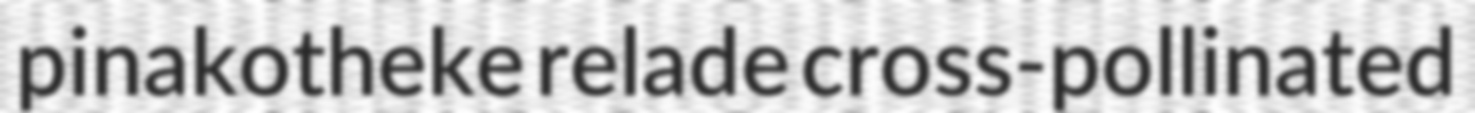
pinakotheke relade cross-pollinated